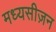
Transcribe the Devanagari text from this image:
मध्यसीज़न